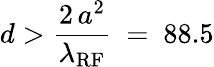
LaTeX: d>\frac{2\, a^{2}}{\lambda_{\mathrm{RF}}}~=~88.5